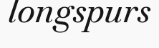
longspurs